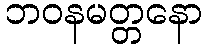
ဘဝနမတ္တနော